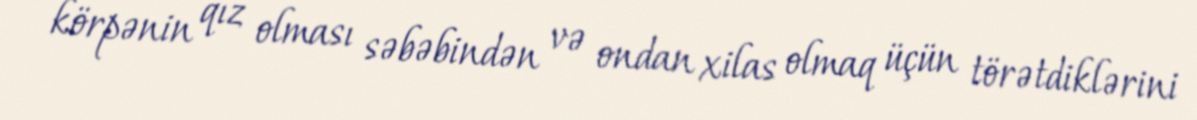
körpənin qız olması səbəbindən və ondan xilas olmaq üçün törətdiklərini